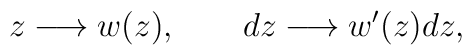
z \longrightarrow w(z),~~~~~~dz\longrightarrow w'(z) dz,